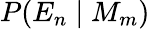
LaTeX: P(E_{n}\mid M_{m})